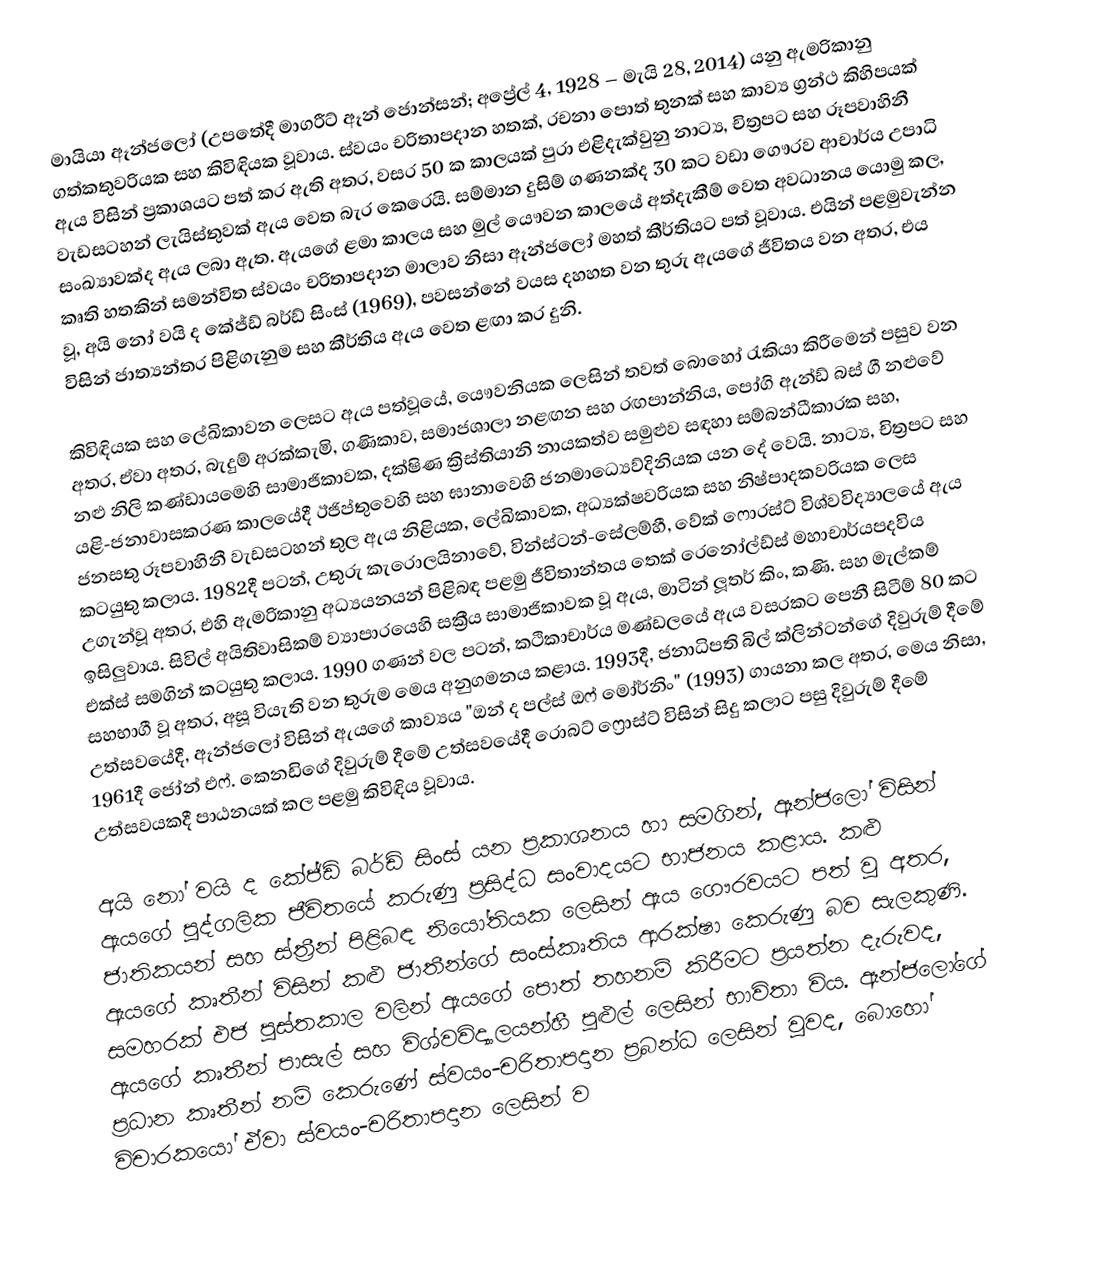
මායියා ඈන්ජලෝ (උපතේදී මාගරීට් ඈන් ජොන්සන්; අප්‍රේල් 4, 1928 – මැයි 28, 2014) යනු ඇමරිකානු ගත්කතුවරියක සහ කිවිඳියක වූවාය. ස්වයං චරිතාපදාන හතක්, රචනා පොත් තුනක් සහ කාව්‍ය ග්‍රන්ථ කිහිපයක් ඇය විසින් ප්‍රකාශයට පත් කර ඇති අතර, වසර 50 ක කාලයක් පුරා එළිදැක්වුනු නාට්‍ය, චිත්‍රපට සහ රූපවාහිනී වැඩසටහන් ලැයිස්තුවක් ඇය වෙත බැර කෙරෙයි. සම්මාන දුසිම් ගණනක්ද  30 කට වඩා ගෞරව ආචාර්ය උපාධි සංඛ්‍යාවක්ද ඇය ලබා ඇත. ඇයගේ ළමා කාලය සහ මුල් යෞවන කාලයේ අත්දැකීම් වෙත අවධානය යොමු කල, කෘති හතකින් සමන්විත ස්වයං චරිතාපදාන මාලාව නිසා ඈන්ජලෝ මහත් කීර්තියට පත් වූවාය. එයින් පළමුවැන්න වූ, අයි නෝ වයි ද කේජ්ඩ් බර්ඩ් සිංස් (1969), පවසන්නේ වයස දහහත වන තුරු ඇයගේ ජීවිතය වන අතර, එය විසින් ජාත්‍යන්තර පිළිගැනුම සහ කීර්තිය ඇය වෙත ළඟා කර දුනි.

කිවිඳියක සහ ලේඛිකාවන ලෙසට ඇය පත්වූයේ, යෞවනියක ලෙසින් තවත් බොහෝ රැකියා කිරීමෙන් පසුව වන අතර, ඒවා අතර, බැදුම් අරක්කැමි, ගණිකාව, සමාජශාලා නළඟන සහ රඟපාන්නිය,  පෝගි ඇන්ඩ් බස් ගී නළුවේ නළු නිලි කණ්ඩායමෙහි සාමාජිකාවක, දක්ෂිණ ක්‍රිස්තියානි නායකත්ව සමුළුව සඳහා සම්බන්ධීකාරක සහ, යළි-ජනාවාසකරණ කාලයේදී ඊජිප්තුවෙහි සහ  ඝානාවෙහි ජනමාධ්‍යෙව්දිනියක යන දේ වෙයි. නාට්‍ය, චිත්‍රපට සහ ජනසතු රූපවාහිනී වැඩසටහන් තුල ඇය නිළියක, ලේඛිකාවක, අධ්‍යක්ෂවරියක සහ නිෂ්පාදකවරියක ලෙස කටයුතු කලාය. 1982දී පටන්,  උතුරු කැරොලයිනාවේ,  වින්ස්ටන්-සේලම්හී,  වේක් ෆොරස්ට් විශ්වවිද්‍යාලයේ ඇය උගැන්වූ අතර, එහි ඇමරිකානු අධ්‍යයනයන් පිළිබඳ පළමු ජීවිතාන්තය තෙක් රෙනෝල්ඩ්ස් මහාචාර්යපදවිය ඉසිලුවාය. සිවිල් අයිතිවාසිකම් ව්‍යාපාරයෙහි සක්‍රීය සාමාජිකාවක වූ ඇය, මාටින් ලූතර් කිං, කණි. සහ මැල්කම් එක්ස් සමගින් කටයුතු කලාය. 1990 ගණන් වල පටන්, කථිකාචාර්ය මණ්ඩලයේ ඇය වසරකට පෙනී සිටීම් 80 කට සහභාගී වූ අතර, අසූ වියැති වන තුරුම මෙය අනුගමනය කළාය. 1993දී, ජනාධිපති බිල් ක්ලින්ටන්ගේ දිවුරුම් දීමේ උත්සවයේදී, ඈන්ජලෝ විසින් ඇයගේ කාව්‍යය "ඔන් ද පල්ස් ඔෆ් මෝර්නිං" (1993) ගායනා කල අතර, මෙය නිසා, 1961දී  ජෝන් එෆ්. කෙනඩිගේ දිවුරුම් දීමේ උත්සවයේදී රොබට් ෆ්‍රොස්ට්  විසින් සිදු කලාට පසු දිවුරුම් දීමේ උත්සවයකදී පාඨනයක් කල පළමු කිවිඳිය වූවාය.

අයි නෝ වයි ද කේජ්ඩ් බර්ඩ් සිංස් යන ප්‍රකාශනය හා සමගින්, ඈන්ජලෝ විසින් ඇයගේ පුද්ගලික ජීවිතයේ කරුණු ප්‍රසිද්ධ සංවාදයට භාජනය කළාය. කළු ජාතිකයන් සහ ස්ත්‍රීන් පිළිබඳ නියෝතියක ලෙසින් ඇය ගෞරවයට පත් වූ අතර, ඇයගේ කෘතීන් විසින් කළු ජාතීන්ගේ සංස්කෘතිය ආරක්ෂා කෙරුණු බව සැලකුණි.   සමහරක් එජ පුස්තකාල වලින් ඇයගේ පොත් තහනම් කිරීමට ප්‍රයත්න දැරුවද, ඇයගේ කෘතීන් පාසැල් සහ විශ්වවිද්‍යාලයන්හී පුළුල් ලෙසින් භාවිතා විය.   ඈන්ජලෝගේ ප්‍රධාන කෘතීන් නම් කෙරුණේ ස්වයං-චරිතාපදාන ප්‍රබන්ධ ලෙසින් වුවද, බොහෝ විචාරකයෝ ඒවා ස්වයං-චරිතාපදාන ලෙසින් ව